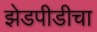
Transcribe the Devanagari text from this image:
झेडपीडीचा